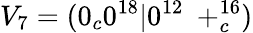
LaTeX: V_{7}=(0_{c}0^{18}|0^{12}\ +_{c}^{16})